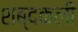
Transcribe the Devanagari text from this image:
शब्दकली